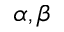
\alpha , \beta